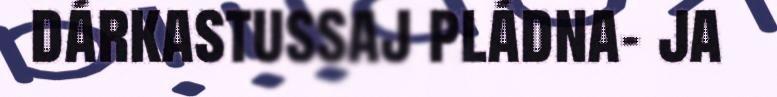
dárkastussaj pládna- ja